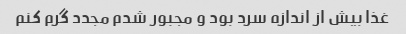
غذا بیش از اندازه سرد بود و مجبور شدم مجدد گرم کنم